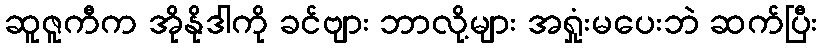
ဆူဇူကီက အိုနိုဒါကို ခင်ဗျား ဘာလို့များ အရှုံးမပေးဘဲ ဆက်ပြီး